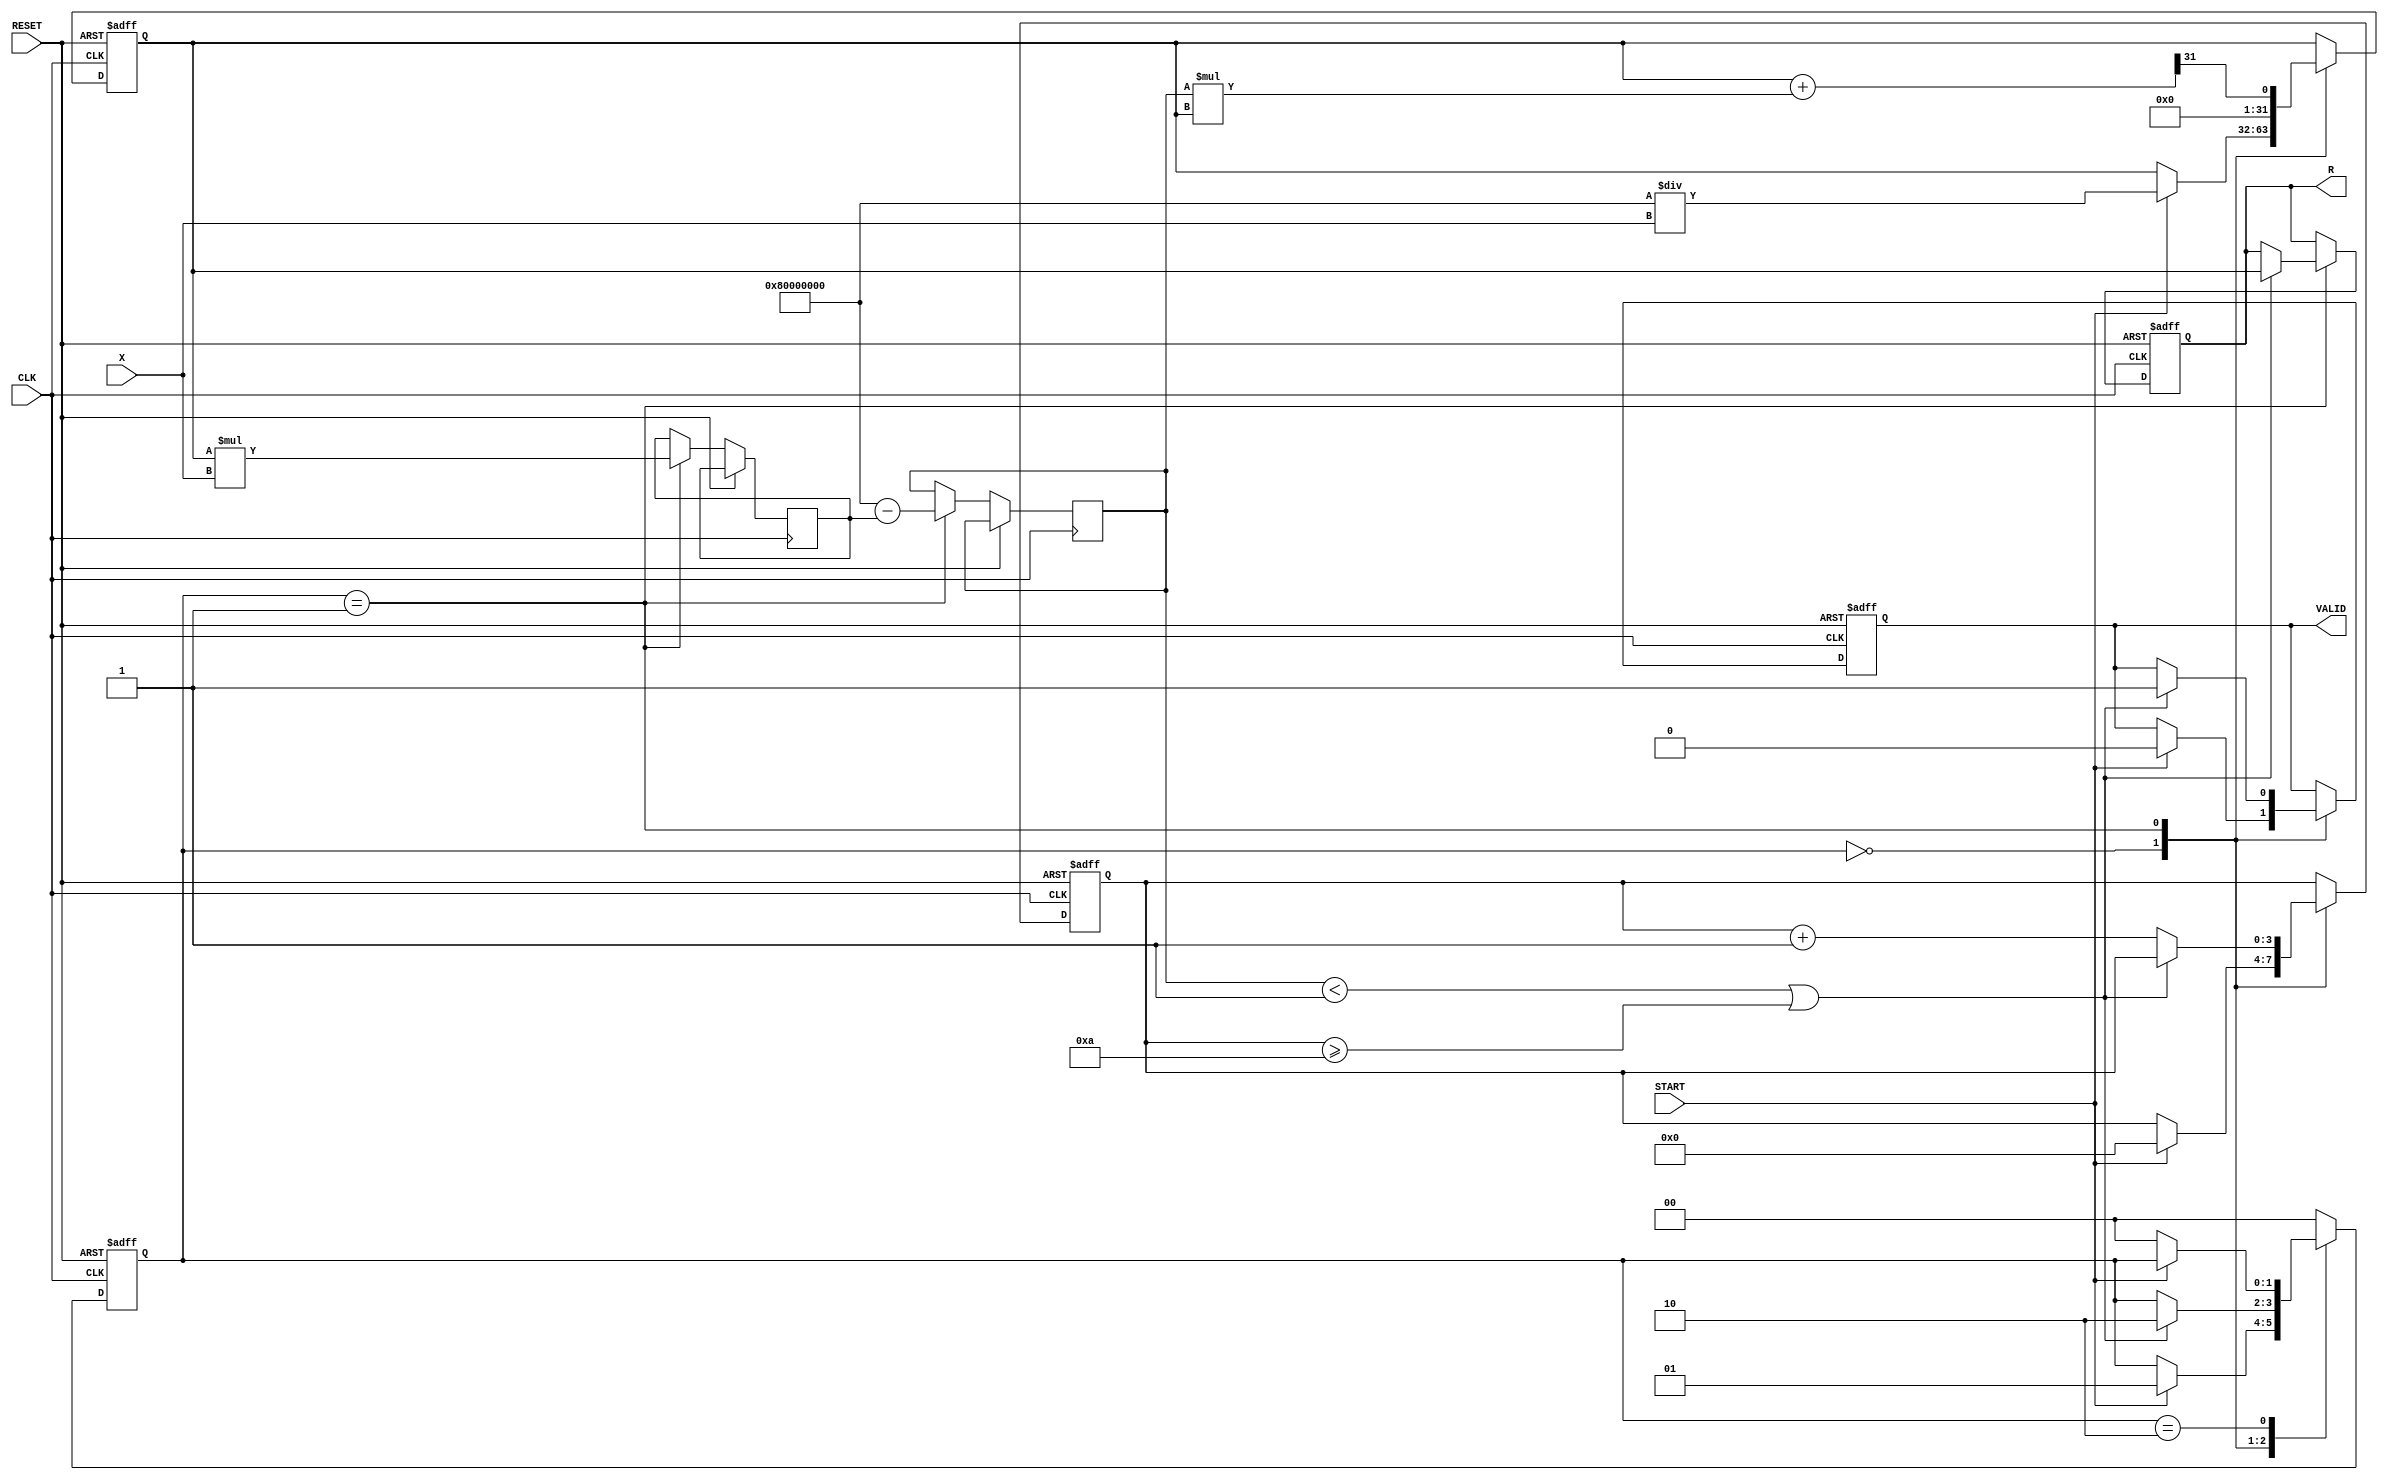
module iterative_reciprocal (
    input wire [31:0] X,         // Input value (Q1.31 format)
    input wire START,            // Start signal
    input wire CLK,              // Clock signal
    input wire RESET,            // Asynchronous reset
    output reg [31:0] R,         // Reciprocal result (Q1.31 format)
    output reg VALID             // Output valid signal
);

    // Parameters
    parameter MAX_ITERATIONS = 10;   // Maximum number of iterations
    parameter THRESHOLD = 32'h00000001; // Convergence threshold (adjust as necessary)

    // Internal registers
    reg [31:0] iteration_reg;       // Current approximation of reciprocal
    reg [31:0] multiplier_result;    // Result of multiplication
    reg [31:0] difference;           // Difference for convergence check
    reg [3:0] iteration_count;       // Iteration counter
    reg [1:0] state;                 // State machine for control logic

    // State machine states
    localparam IDLE = 2'b00;
    localparam COMPUTE = 2'b01;
    localparam DONE = 2'b10;

    // Control logic
    always @(posedge CLK or posedge RESET) begin
        if (RESET) begin
            R <= 32'h00000000;
            VALID <= 1'b0;
            iteration_count <= 4'b0;
            iteration_reg <= 32'h00000000; // Initial guess (can be adjusted)
            state <= IDLE;
        end else begin
            case (state)
                IDLE: begin
                    if (START) begin
                        // Initial guess for reciprocal: 1/X
                        iteration_reg <= 32'h80000000 / X; // Initial approximation
                        iteration_count <= 4'b0;
                        VALID <= 1'b0;
                        state <= COMPUTE;
                    end
                end

                COMPUTE: begin
                    // Multiply current approximation with input
                    multiplier_result <= iteration_reg * X;

                    // Calculate difference from 1 (which is 32'h80000000 in Q1.31)
                    difference <= 32'h80000000 - multiplier_result;

                    // Update the iteration register using Newton-Raphson method
                    iteration_reg <= iteration_reg + (difference * iteration_reg) >> 31; // Update step

                    // Check for convergence or maximum iterations
                    if ((difference < THRESHOLD) || (iteration_count >= MAX_ITERATIONS)) begin
                        R <= iteration_reg; // Output the result
                        VALID <= 1'b1;      // Set valid signal
                        state <= DONE;      // Move to done state
                    end else begin
                        iteration_count <= iteration_count + 1; // Increment the iteration count
                    end
                end

                DONE: begin
                    // Wait for the next START signal to reset and compute again
                    if (!START) begin
                        state <= IDLE; // Go back to idle state
                    end
                end

                default: state <= IDLE; // Fallback to IDLE state
            endcase
        end
    end
endmodule